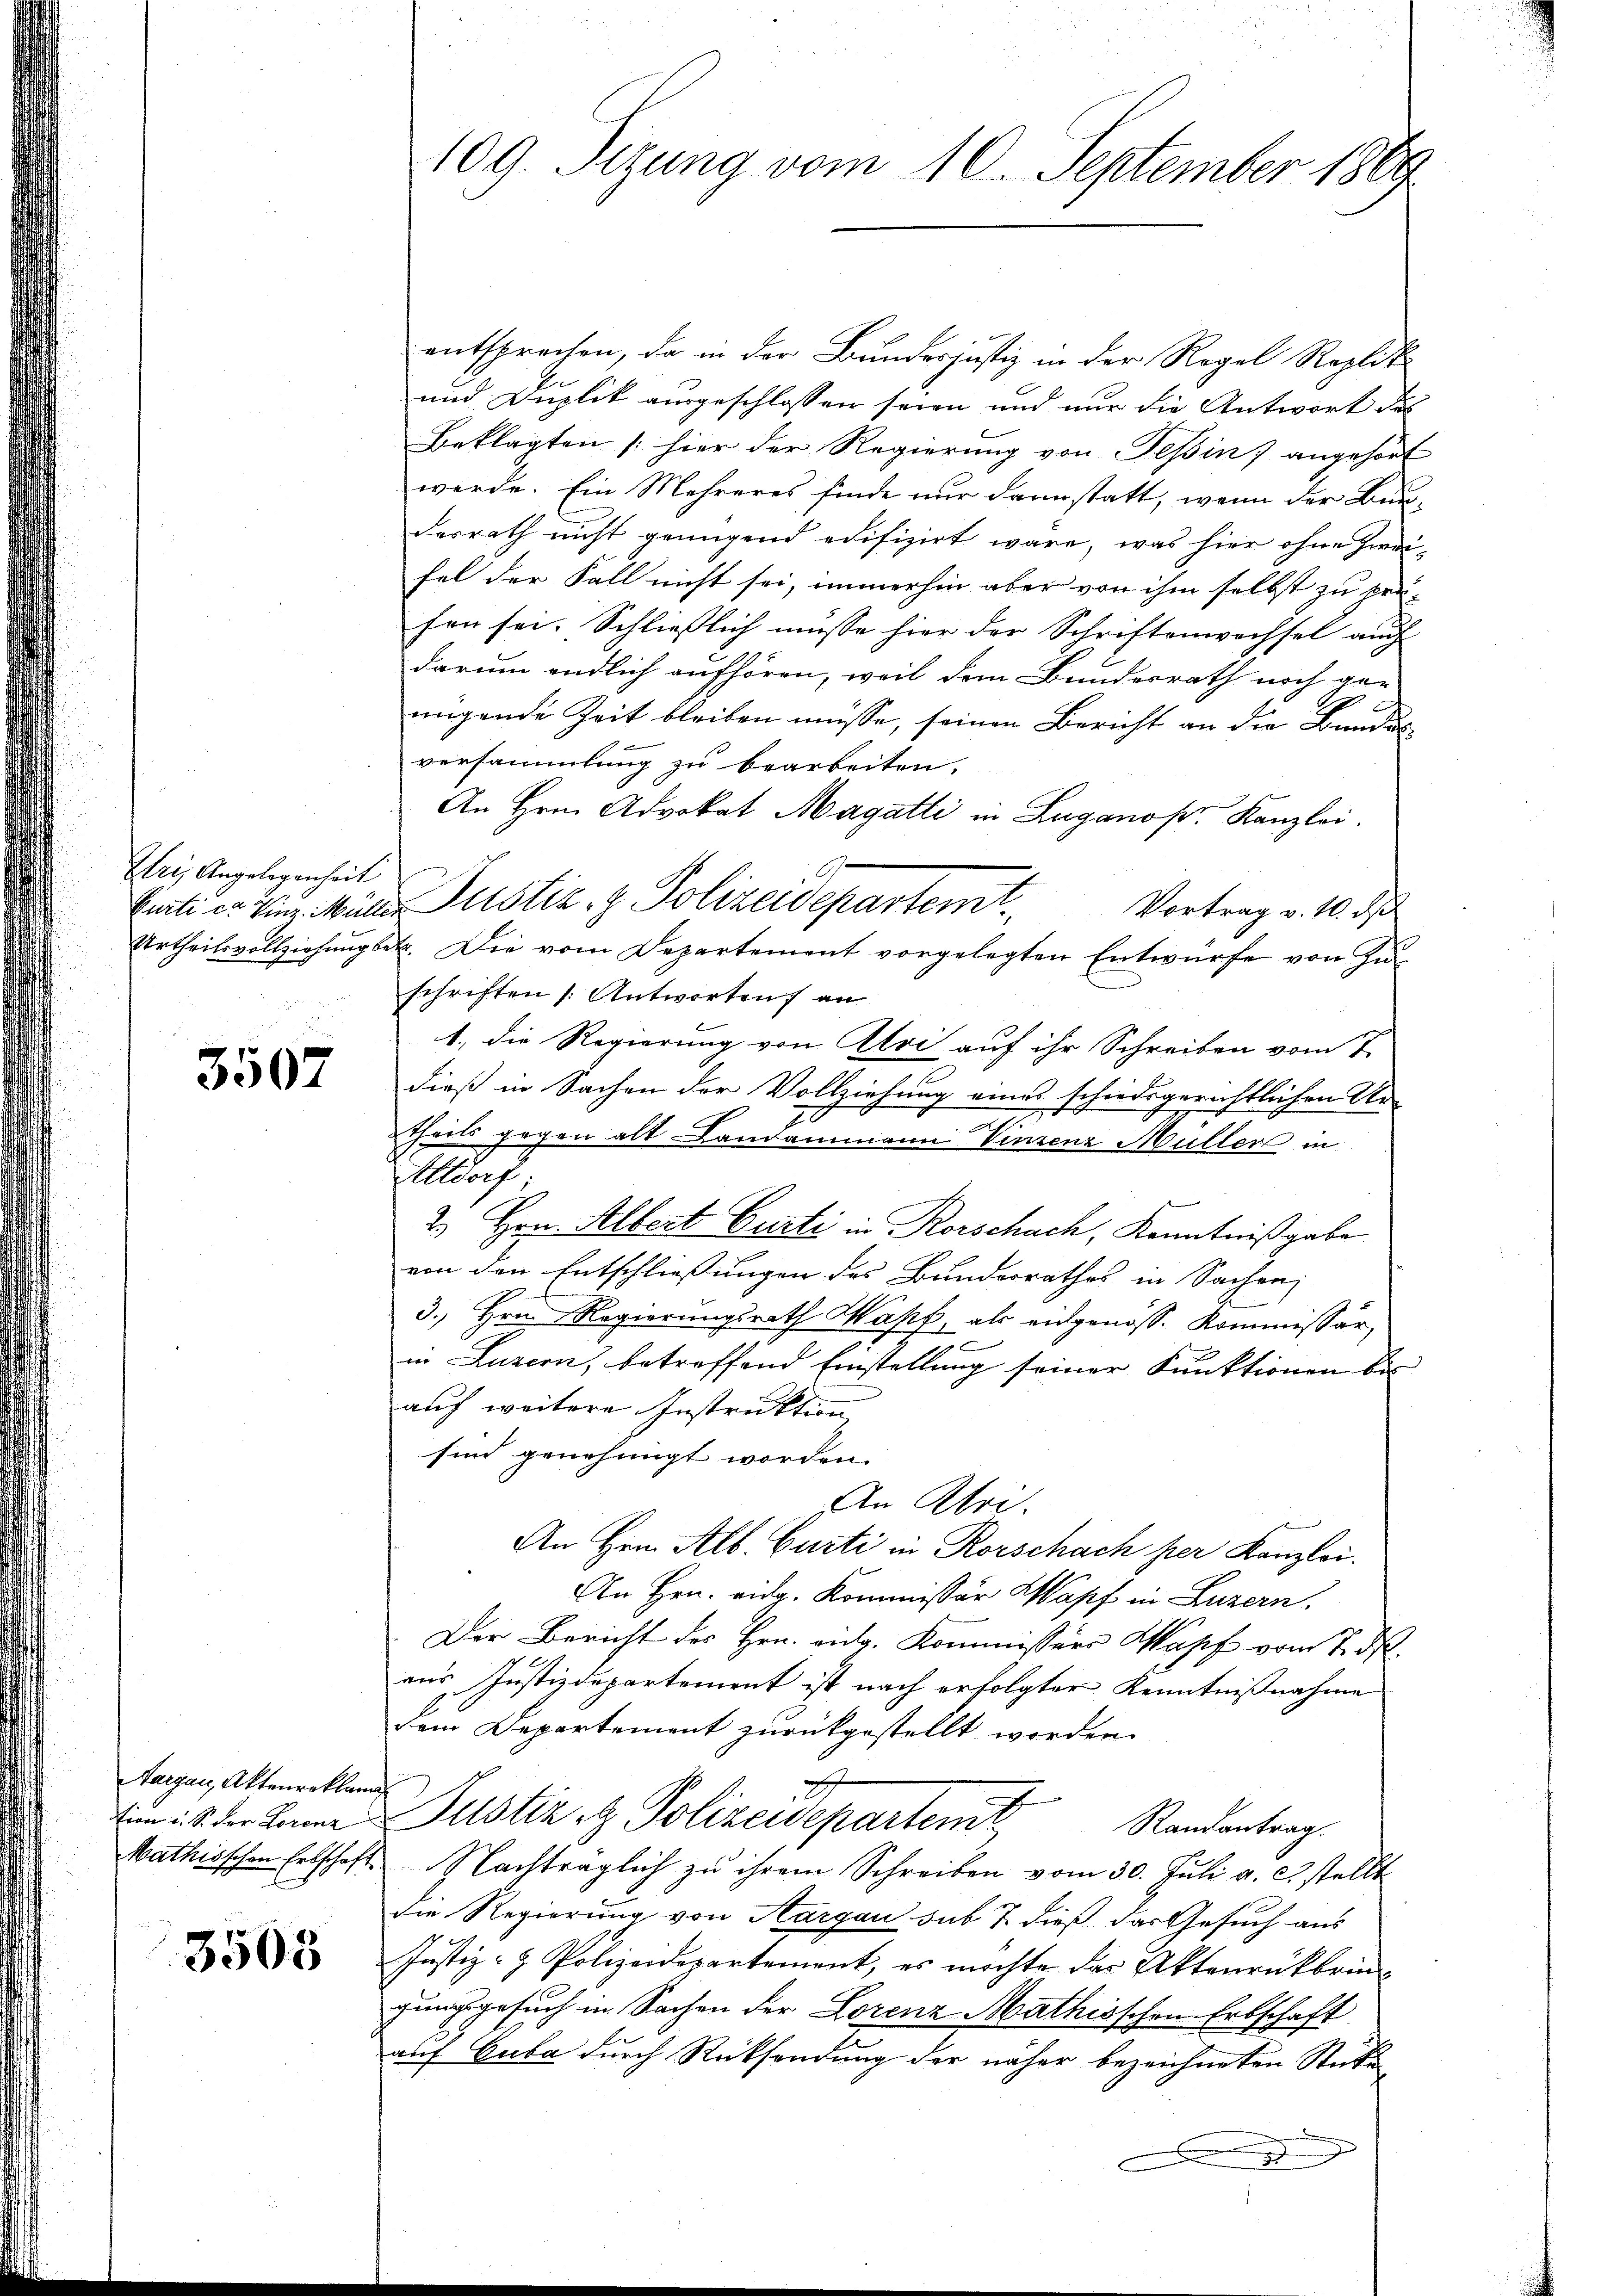
Iri, Angelegenheit

3507

Aargau, Aktenreklam
tion u. S. der Lorenz
Mathisschen Entschaft

3503

109. Sizung vom 10. September 1889

entsprochen, da in der Bunderjustiz in der Regel Roplik
und Duplik ausgeschlossen seien und nur die Antwort des
Beklagten (hier der Regierung von Pepin) angehört
werde. Ein Mehreres finde nur dann statt, wenn der Bundesrath nicht genügend edifizirt wäre, was hier ohne Zweifel der Fall nicht sei, immerhin aber von ihm selbst zu prü-
fon sei. Schliesslich müsse hier der Schriftenwochsel auch
darum endlich aufhören, weil dem Bundesrath noch ge-
migende Zeit bleiben müsse, seinen Bericht an die Bundesversammlung zu bearbeiten,
An Hrn. Advokat Magatti in Lugano pr. Kanzlei.
A
Curti et Vinz. Müller Justiz- & Polizeidepartemt
Vortrag v. 10. ds
Urtheilsvollziehung betr. Die vom Departement vorgelegten Entwürfe von Zuschriften /: Antworten an
1., die Regierung von Aloi auf ihr Schreiben vom 7.
dieß in Sachen der Vollziehung eines schiedsgerichtlichen Ur-
2.
Theils gegen alt Landammann Vinzenz Müller in
Altdorf
2.) Hrn. Albert Curti in Rorschach, Kenntnißgabe
von den Entschliessungen des Bundesrathes in Sachen
3.) Hrn. Regierungsrath Wapf, als eidgenöss. Kommissär
in Luzern, betreffend Einstellung seiner Funktionen bis
auf weitere Instruktion
sind genehmigt worden.
An Klei
An Hrn. Alb. Curti in Rorschach per Kanzlei.
An Hrn. vidg. Kommissär Hopf in Luzern,
Der Bericht des Hrn. ausg. Kommission Wapf vom Tods
aus Justizdepartement ist nach erfolgter Kenntnißnahme
dem Departement zurückgestellt worden.
2
Justiz & Polizeisepartent
Randantrag.
Nachträglich zu ihrem Schreiben vom 30. Juli a. c. stellt
die Regierung von Aargau sub 7. dieß das Gesuch aus
Justiz- & Polizeidepartement, es möchte das Aktenrückbrin-
gungsgesuch in Sachen der Lorenz Mathischen Erbschaft
auf Guba durch Rücksendung der näher bezeichneten Stück